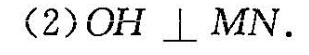
(2)OH \prep MN.